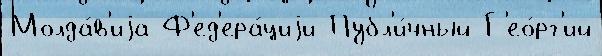
Молда́в'иjа Ф'ед'ера́циjи Публ'и́чный Г'ео́рг'ий